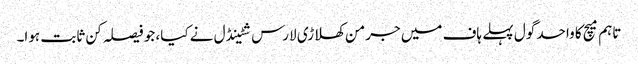
تاہم میچ کا واحد گول پہلے ہاف میں جرمن کھلاڑی لارس شٹینڈل نے کیا، جو فیصلہ کن ثابت ہوا۔